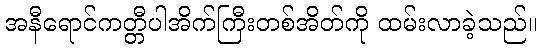
အနီရောင်ကတ္တီပါအိက်ကြီးတစ်အိတ်ကို ထမ်းလာခဲ့သည်။